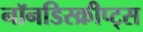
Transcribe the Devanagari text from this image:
नॉनडिस्क्रीप्ट्स